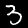
Label: 3